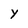
Character: y